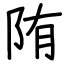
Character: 陏